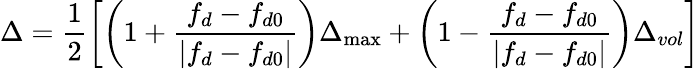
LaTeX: \Delta=\frac{1}{2}\left[\left(1+\frac{f_{d}-f_{d0}}{\left|f_{d}-f_{d0}\right|}\right)\Delta_{\operatorname*{max}}+\left(1-\frac{f_{d}-f_{d0}}{\left|f_{d}-f_{d0}\right|}\right)\Delta_{vol}\right]